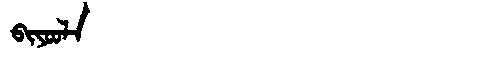
Manchu: ᠪᡳᠶᠣᠣᠯᠠ
Romanization: BIYOOLA